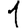
Digit: 1